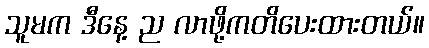
သူမက ဒီနေ့ ည လာဖို့ကတိပေးထားတယ်။